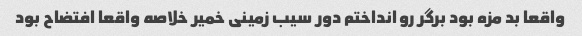
واقعا بد مزه بود برگر رو انداختم دور سیب زمینی خمیر خلاصه واقعا افتضاح بود